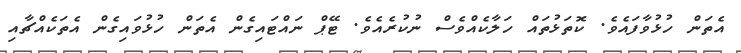
އެތަން ހުޅުވާފައެވެ. ކޮތަޅުތައް ހަލާކެއްވެސް ނުކުރެއެވެ. ޓޭޕް ނައްޓައިގެން އެތަން ހުޅުވައިގެން އެތަކެއްޗާއި